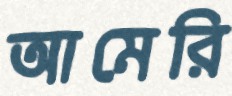
আমেরি